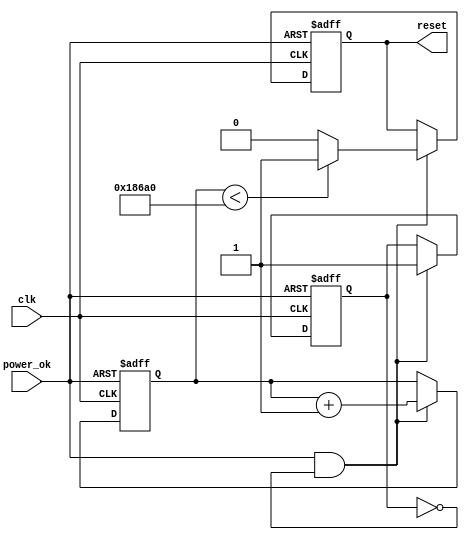
module power_on_reset #(
    parameter RESET_DURATION = 100_000 // Reset duration in clock cycles
)(
    input wire clk,            // System clock
    input wire power_ok,      // Power OK signal (active high)
    output reg reset          // Active low reset signal
);

    reg [31:0] counter;       // Counter for reset duration
    reg power_stable;         // Indicates if the power is stable

    // Initial values
    initial begin
        reset = 1'b1;         // Assert reset initially
        counter = 32'h0;      // Initialize counter
        power_stable = 1'b0;  // Power is not stable at start
    end

    // Main behavior of the Power-On Reset
    always @(posedge clk or negedge power_ok) begin
        if (!power_ok) begin
            // Power is lost, assert reset and reset counter
            reset <= 1'b1;
            counter <= 32'h0;
            power_stable <= 1'b0;
        end else if (power_ok && !power_stable) begin
            // Power is stable, start the reset counter
            power_stable <= 1'b1;
            counter <= counter + 1;
            if (counter < RESET_DURATION) begin
                reset <= 1'b1; // Keep reset asserted
            end else begin
                reset <= 1'b0; // Deassert reset after duration
            end
        end
    end

endmodule